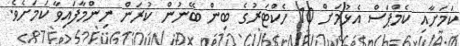
ކަމަށާއި ކެމްޕަސް އެޅުމަށް 10 ހެކްޓަރުގެ ބިން ބޭނުން ކުރަން ނިންމާފައިވާ ކަމަށެވެ.